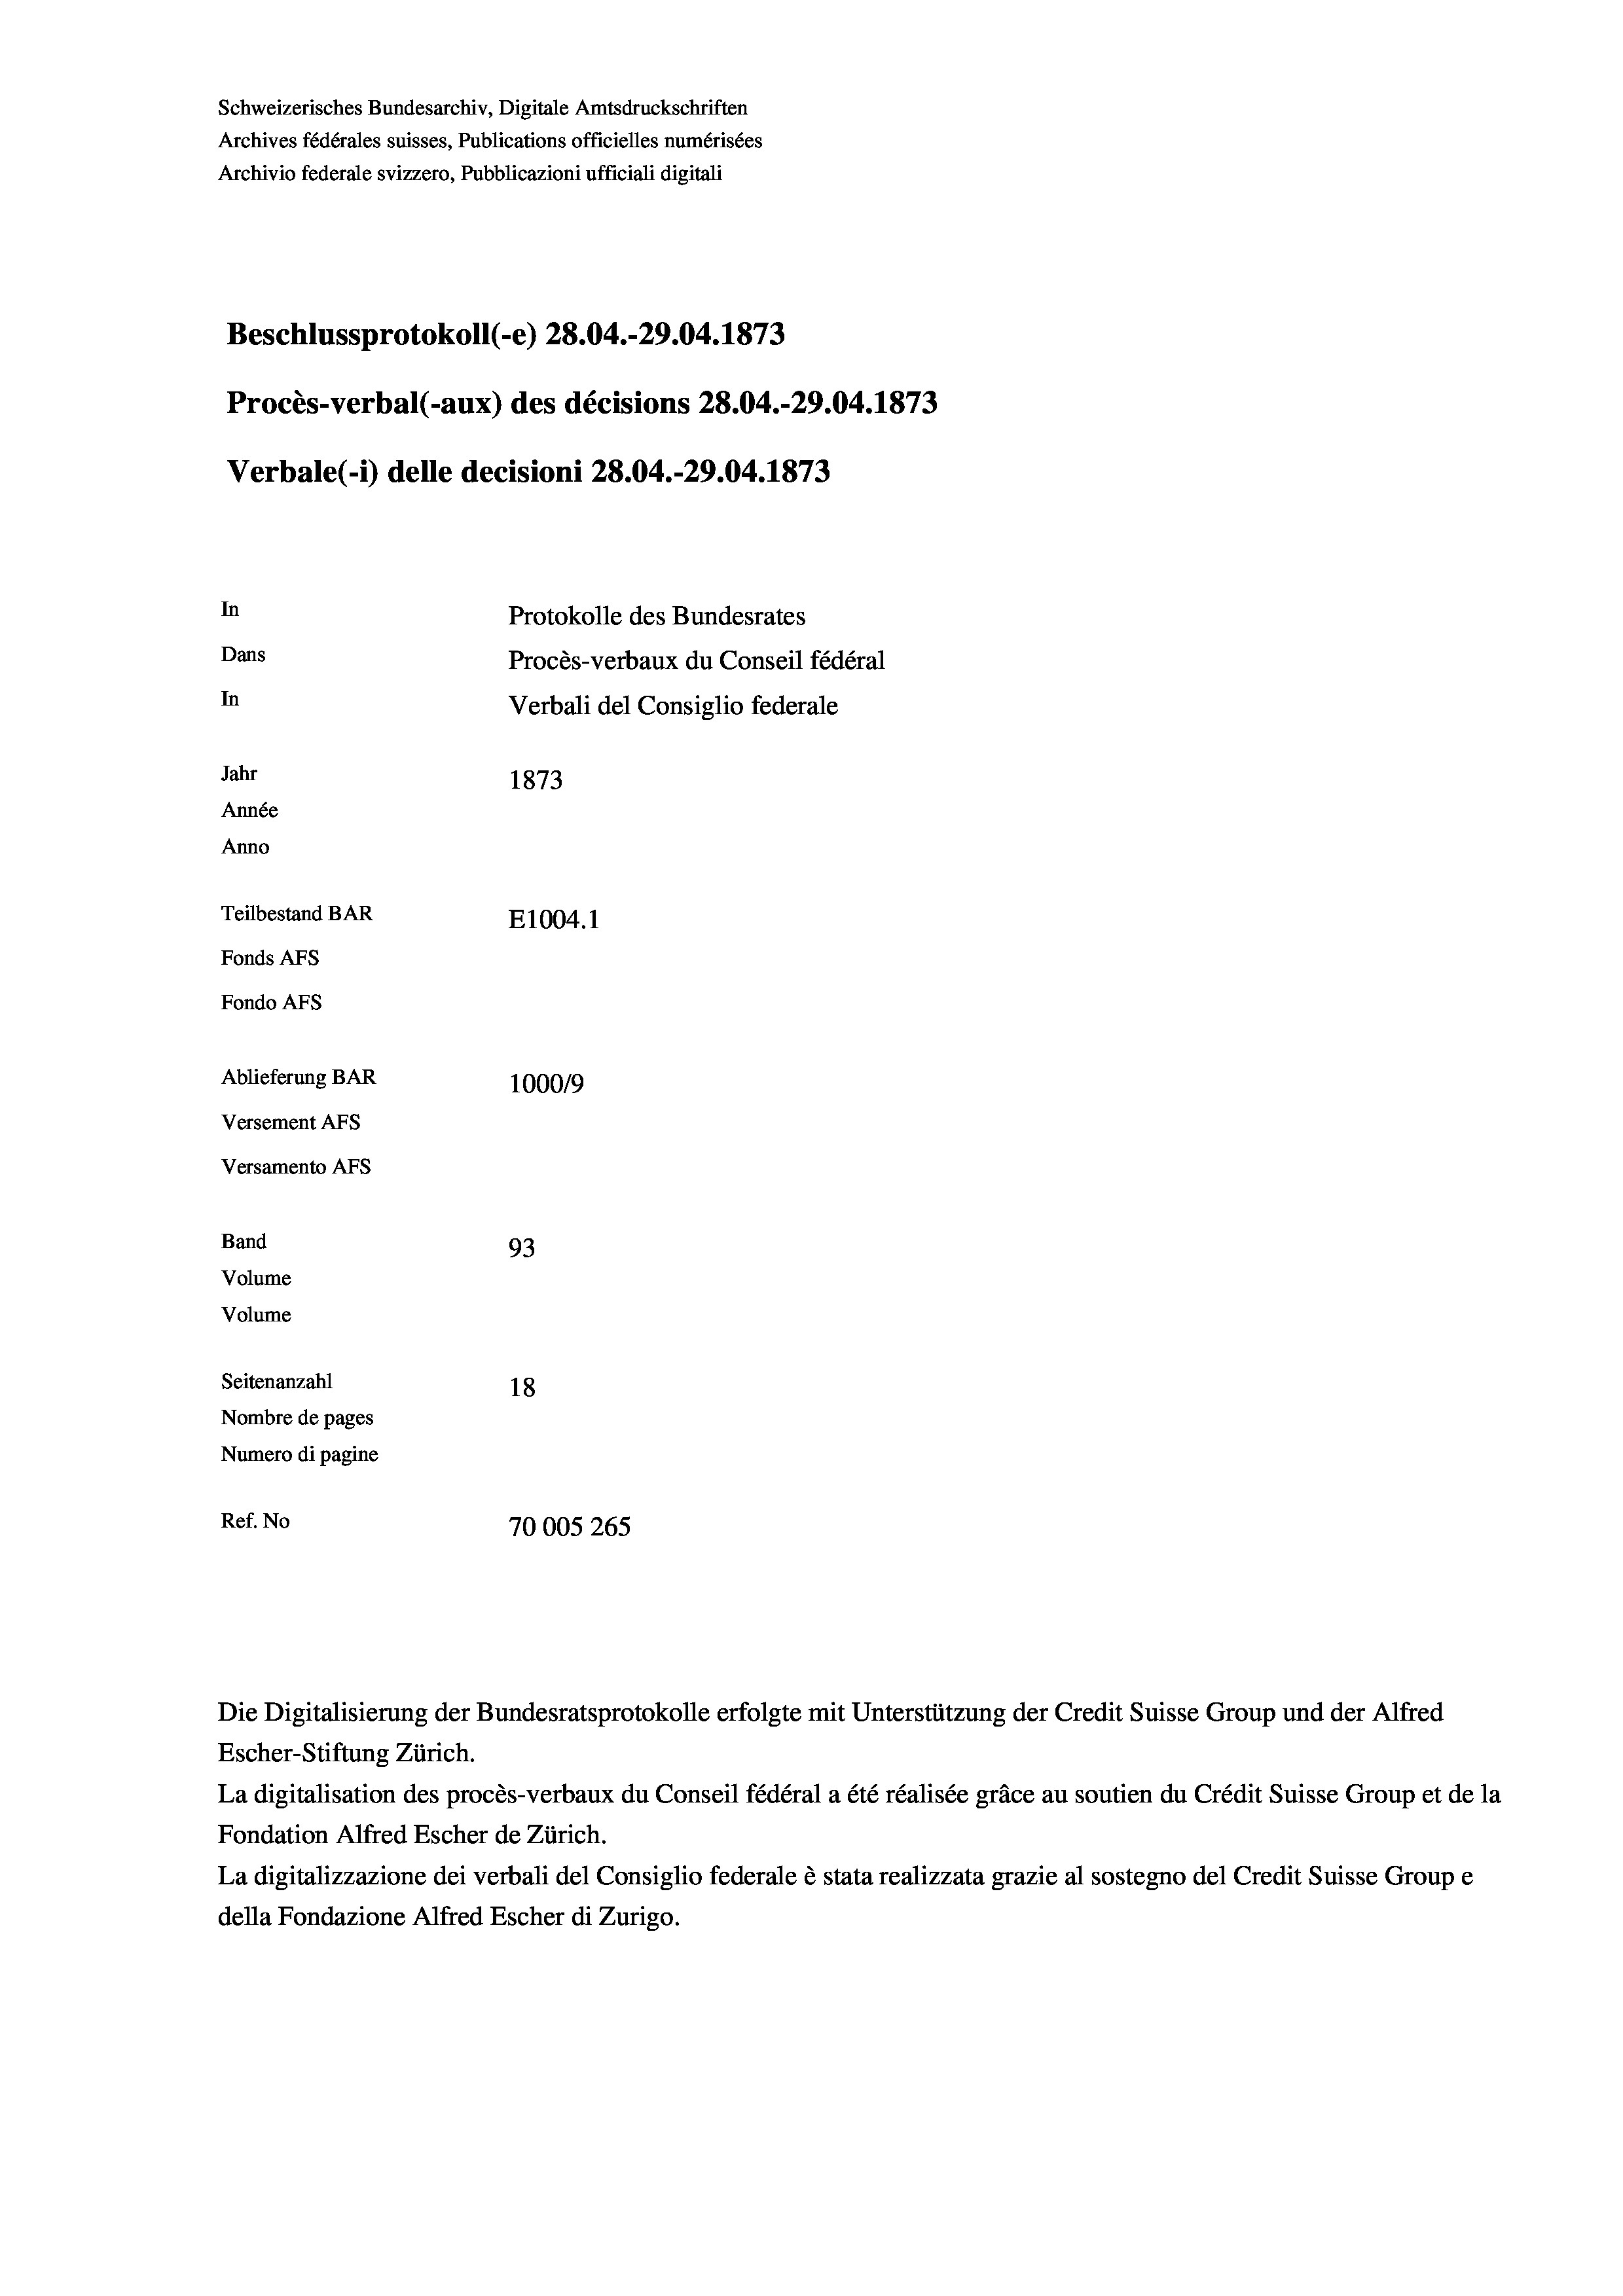
Schweizerisches Bundesarchiv, Digitale Amtsdruckschriften
Archives fédérales suisses, Publications officielles numérisées
Archivio federale svizzero, Pubblicazioni ufficiali digitali
Beschlussprotokoll (-e) 28.04.-29.04. 1873
Procès-verbal (-aux) des décisions 28.04.-29.04. 1873
Verbale (i) delle decisioni 28.04.-29.04. 1873
In
Protokolle des Bundesrates
Dans
Procès-verbaux du Conseil fédéral
In
Verbali del Consiglio federale
Jahr
1873
Année
Anno
Teilbestand BAR
E1004. 1
Fonds AFs
Fondo Afs
Ablieferung BAR
100019
Versement Ans
Versamento Afs
Band
93
Volume
Volume

Seitenanzahl
18
Nombre de pages
Numero di pagine
Ref. No
70005 265

Die Digitalisierung der Bundesratsprotokolle erfolgte mit Unterstützung der Credit Suisse Group und der Alfred
Escher-Stiftung Zürich.
La digitalisation des procès-verbaux du Conseil fédéral a été réalisée gräce au soutien du Crédit Suisse Group et de la
Fondation Alfred Escher de Zürich.
La digitalizzazione dei verbali del Consiglio federale è stata realizzata grazie al sostegno del Credit Suisse Groupe
della Fondazione Alfred Escher di Zurigo.